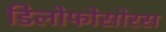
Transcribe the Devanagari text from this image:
डिलोफोसोरस